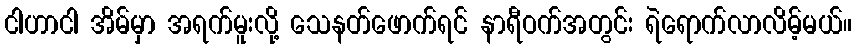
ငါဟာငါ အိမ်မှာ အရက်မူးလို့ သေနတ်ဖောက်ရင် နာရီဝက်အတွင်း ရဲရောက်လာလိမ့်မယ်။